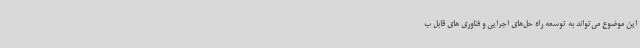
این موضوع می‌تواند به توسعه راه حل‌های اجرایی و فناوری های قابل ب